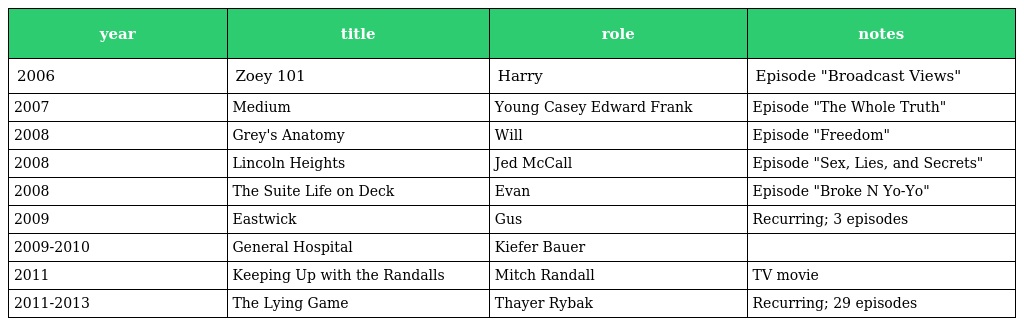
| year | title | role | notes |
 | --- | --- | --- | --- |
 | 2006 | Zoey 101 | Harry | Episode "Broadcast Views" |
 | 2007 | Medium | Young Casey Edward Frank | Episode "The Whole Truth" |
 | 2008 | Grey's Anatomy | Will | Episode "Freedom" |
 | 2008 | Lincoln Heights | Jed McCall | Episode "Sex, Lies, and Secrets" |
 | 2008 | The Suite Life on Deck | Evan | Episode "Broke N Yo-Yo" |
 | 2009 | Eastwick | Gus | Recurring; 3 episodes |
 | 2009-2010 | General Hospital | Kiefer Bauer |  |
 | 2011 | Keeping Up with the Randalls | Mitch Randall | TV movie |
 | 2011-2013 | The Lying Game | Thayer Rybak | Recurring; 29 episodes |